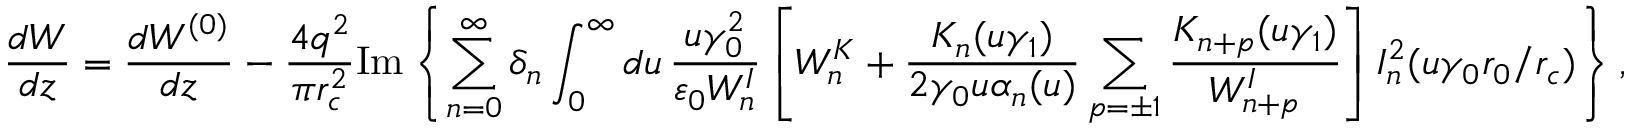
\frac { d W } { d z } = \frac { d W ^ { ( 0 ) } } { d z } - \frac { 4 q ^ { 2 } } { \pi r _ { c } ^ { 2 } } \mathrm { I m } \left\{ \sum _ { n = 0 } ^ { \infty } \delta _ { n } \int _ { 0 } ^ { \infty } d u \, \frac { u \gamma _ { 0 } ^ { 2 } } { \varepsilon _ { 0 } W _ { n } ^ { I } } \left[ W _ { n } ^ { K } + \frac { K _ { n } ( u \gamma _ { 1 } ) } { 2 \gamma _ { 0 } u \alpha _ { n } ( u ) } \sum _ { p = \pm 1 } \frac { K _ { n + p } ( u \gamma _ { 1 } ) } { W _ { n + p } ^ { I } } \right] I _ { n } ^ { 2 } ( u \gamma _ { 0 } r _ { 0 } / r _ { c } ) \right\} ,